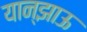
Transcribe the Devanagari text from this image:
यान्झाऊ